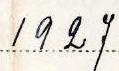
1927